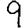
Digit: 9